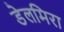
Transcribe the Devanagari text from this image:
डेलमिरा